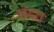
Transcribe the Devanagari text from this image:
छंदत